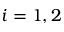
i = 1 , 2